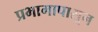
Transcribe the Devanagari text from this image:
प्रभागापासून